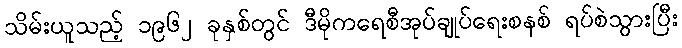
သိမ်းယူသည့် ၁၉၆၂ ခုနှစ်တွင် ဒီမိုကရေစီအုပ်ချုပ်ရေးစနစ် ရပ်စဲသွားပြီး